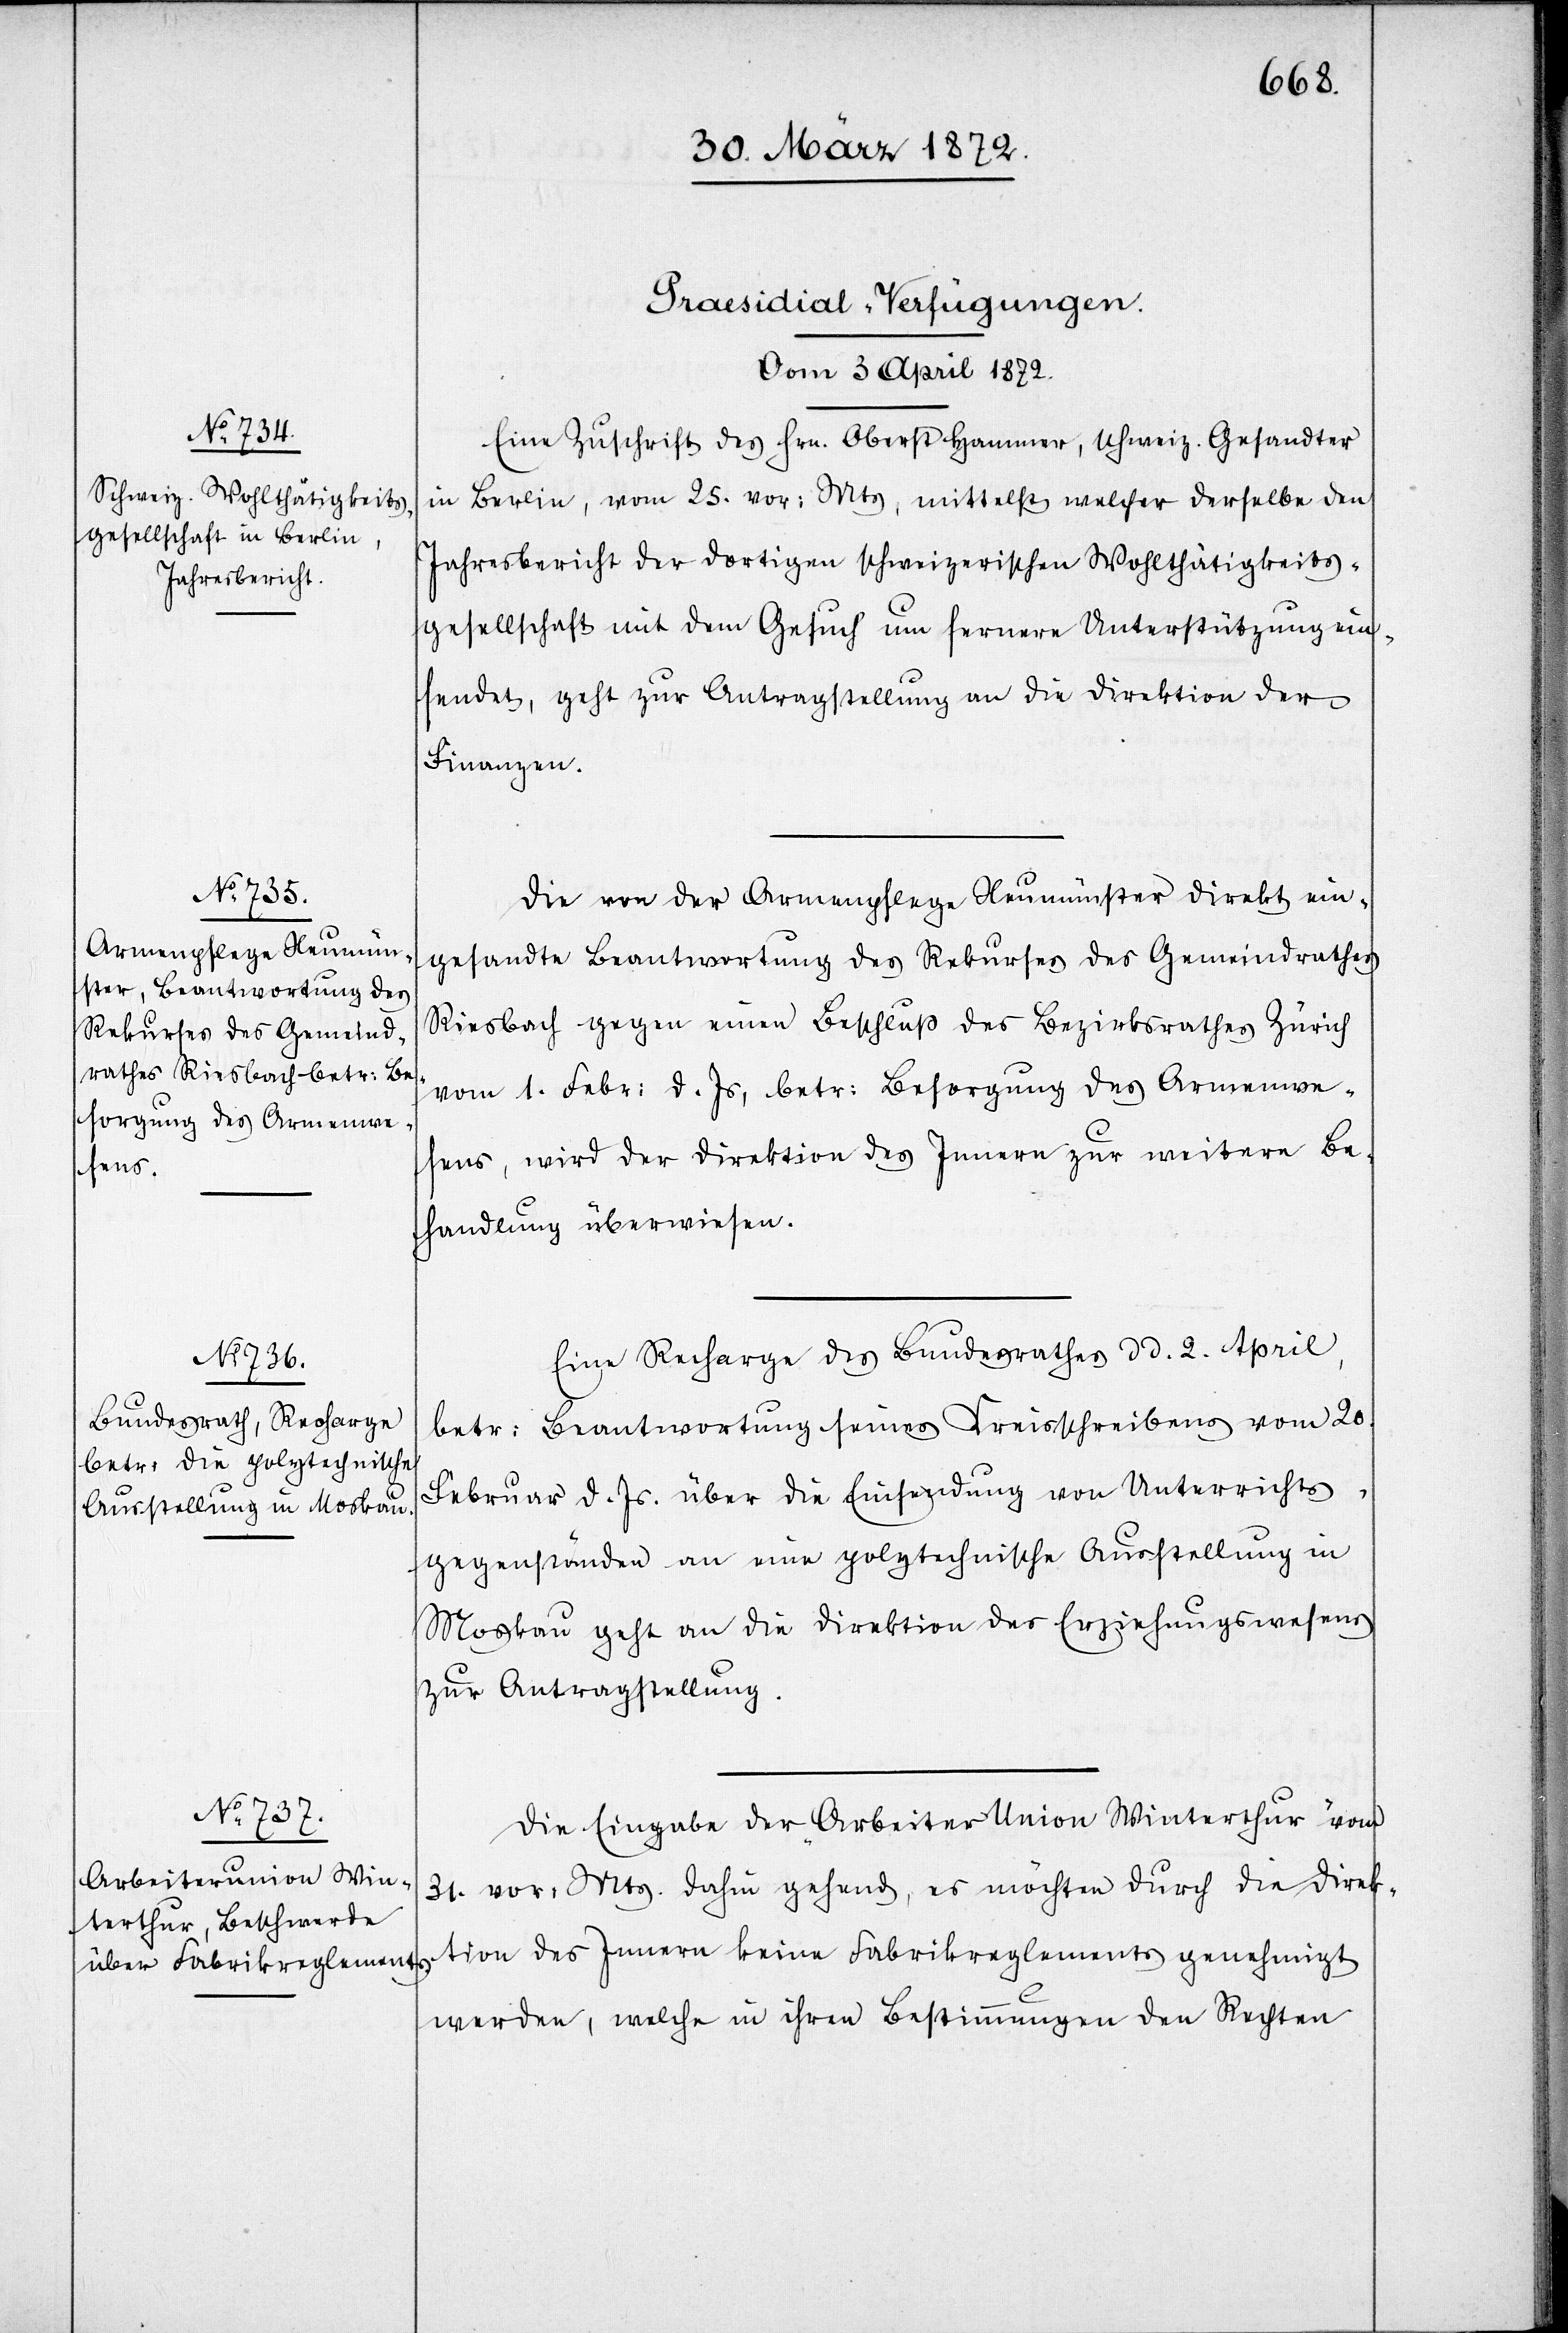
[Praesidial-Verfügungen
vom 3. April 1872.]
Eine Zuschrift des Hrn. Oberst Hammer, schweiz. Gesandter
in Berlin, vom 25. vor: Mts, mittelst welcher derselbe den
Jahresbericht der dortigen schweizerischen Wohlthätigkeits¬
gesellschaft mit dem Gesuch um fernere Unterstützung ein¬
sendet, geht zur Antragstellung an die Direktion der
Finanzen.
Die von der Armenpflege Neumünster direkt ein¬
gesandte Beantwortung des Rekurses des Gemeindrathes
Riesbach gegen einen Beschluß des Bezirksrathes Zürich
vom 1. Febr: d. Js, betr: Besorgung des Armenwe¬
sens, wird der Direktion des Innern zur weitern Be¬
handlung überwiesen.
Eine Recharge des Bundesrathes d d. 2. April,
betr: Beantwortung seines Kreisschreibens vom 20.
Februar d. Js. über die Einsendung von Unterrichts¬
gegenständen an eine polytechnische Ausstellung in
Moskau geht an die Direktion des Erziehungswesens
zur Antragstellung.
Die Eingabe der „Arbeiter Union Winterthur“ vom
31. vor: Mts. dahin gehend, es möchten durch die Direk¬
tion des Innern keine Fabrikreglements genehmigt
werden, welche in ihren Bestimmungen den Rechten